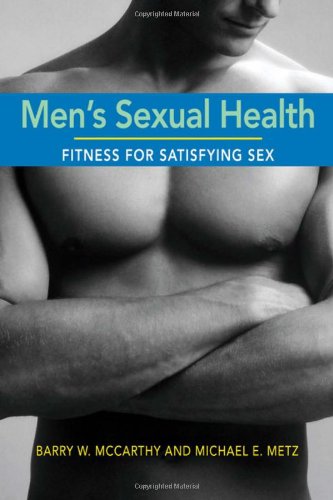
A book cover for Men's Sexual Health: Fitness for Satisfying Sex; Barry W. McCarthy; Health, Fitness & Dieting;